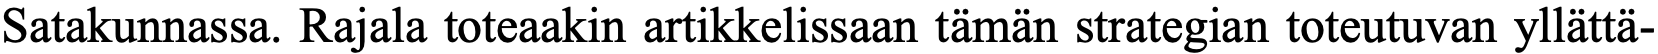
Satakunnassa. Rajala toteaakin artikkelissaan tämän strategian toteutuvan yllättä-